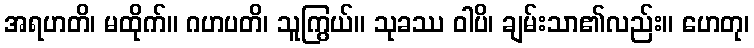
အရဟတိ၊ မထိုက်။ ဂဟပတိ၊ သူကြွယ်။ သုခဿ ဝါပိ၊ ချမ်းသာ၏လည်း။ ဟေတု၊